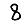
Digit: 8